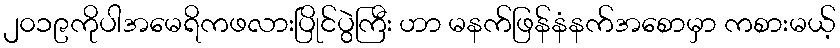
၂၀၁၉ကိုပါအမေရိကဖလားပြိုင်ပွဲကြီး ဟာ မနက်ဖြန်နံနက်အစောမှာ ကစားမယ့်